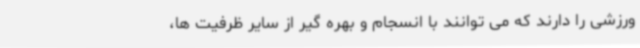
ورزشی را دارند که می توانند با انسجام و بهره گیر از سایر ظرفیت ها،